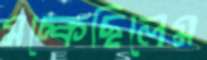
মচ্‌কেছিলেম